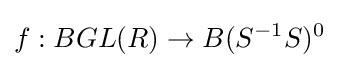
f:BGL(R)\to B(S^{-1}S)^{0}